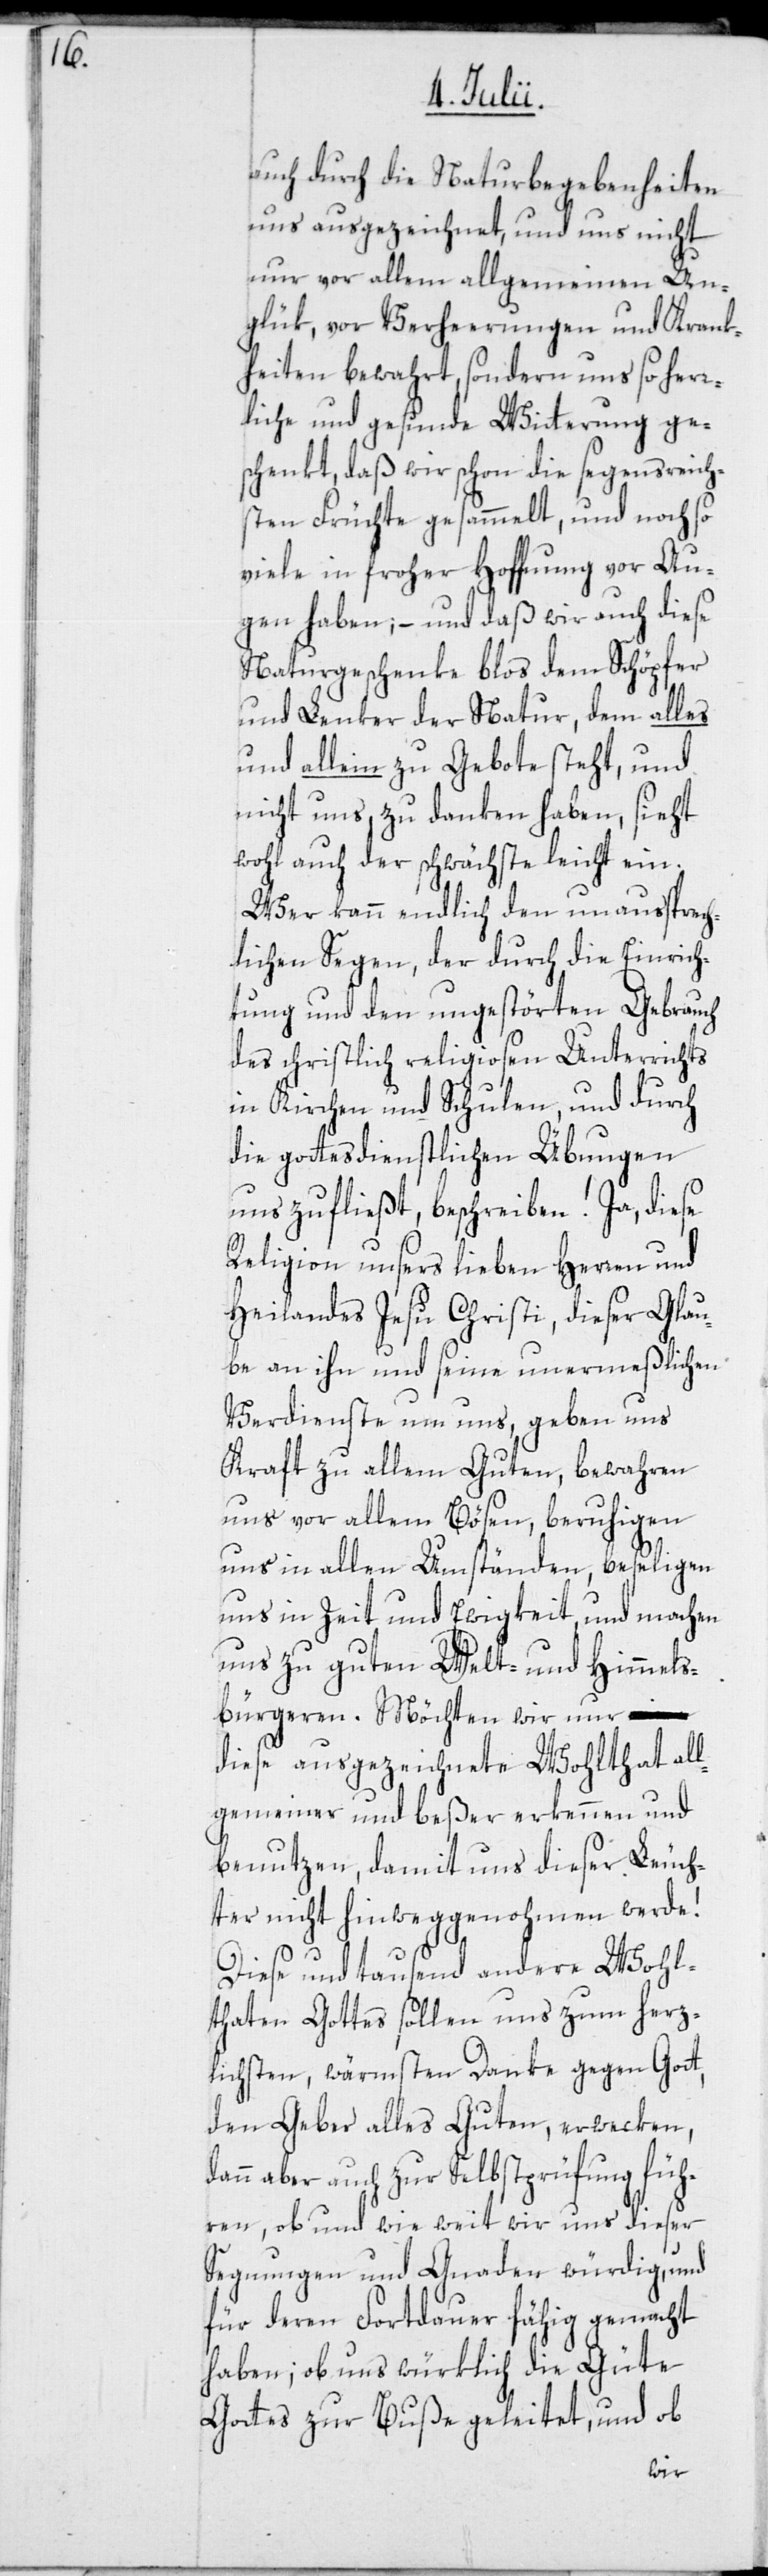
auch durch die Naturbegebenheiten
uns ausgezeichnet, und uns nicht
nur vor allem allgemeinen Un¬
glük, vor Verheerungen und Krank¬
heiten bewahrt, sondern uns so herr¬
liche und gesunde Witterung ge¬
schenkt, daß wir schon die segensreich¬
sten Früchte gesammelt, und noch so
viele in froher Hoffnung vor Au¬
gen haben; – und daß wir auch diese
Naturgeschenke blos dem Schöpfer
und Lenker der Natur, dem alles
und allein zu Gebote steht, und
nicht uns, zu danken haben, sieht
wohl auch der schwächste leicht ein.
Wer kann endlich den unaussprech¬
lichen Segen, der durch die Einrich¬
tung und den ungestörten Gebrauch
des christlich religiosen Unterrichts
in Kirchen und Schulen, und durch
die gottesdienstlichen Übungen
uns zufließt, beschreiben! Ja, diese
Religion unsers lieben Herren und
Heilandes Jesu Christi, dieser Glau¬
be an ihn und seine unermeßlichen
Verdienste um uns, geben uns
Kraft zu allem Guten, bewahren
uns vor allem Bösen, beruhigen
uns in allen Umständen, beseligen
uns in Zeit und Ewigkeit, und machen
uns zu guten Welt- und Himmels¬
bürgeren. Möchten wir nur
diese ausgezeichnete Wohlthat all¬
gemeiner und beßer erkennen und
benutzen, damit uns dieser Leuch¬
ter nicht hinweggenohmen werde!
Diese und tausend andere Wohl¬
thaten Gottes sollen uns zum herz¬
lichsten, wärmsten Danke gegen Gott,
den Geber alles Guten, erwecken,
dann aber auch zur Selbstprüfung füh¬
ren, ob und wie weit wir uns dieser
Segnungen und Gnaden würdig, und
für deren Fortdauer fähig gemacht
haben; ob uns würklich die Güte
Gottes zur Buße geleitet, und ob